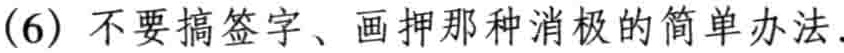
(6) 不要搞签字、画押那种消极的简单办法.